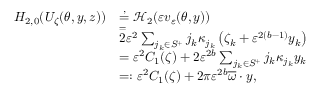
\begin{array} { r l } { H _ { 2 , 0 } ( U _ { \zeta } ( \theta , y , z ) ) } & { \overset { , } = \mathcal { H } _ { 2 } ( \varepsilon v _ { \varepsilon } ( \theta , y ) ) } \\ & { \overset = 2 \varepsilon ^ { 2 } \sum _ { j _ { k } \in S ^ { + } } j _ { k } \kappa _ { j _ { k } } \left( \zeta _ { k } + \varepsilon ^ { 2 ( b - 1 ) } y _ { k } \right) } \\ & { = \varepsilon ^ { 2 } C _ { 1 } ( \zeta ) + 2 \varepsilon ^ { 2 b } \sum _ { j _ { k } \in S ^ { + } } j _ { k } \kappa _ { j _ { k } } y _ { k } } \\ & { = : \varepsilon ^ { 2 } C _ { 1 } ( \zeta ) + 2 \pi \varepsilon ^ { 2 b } \overline { { \omega } } \cdot y , } \end{array}